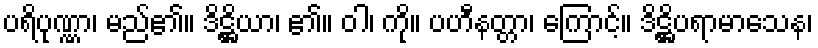
ပရိပုဏ္ဏာ၊ မည်၏။ ဒိဋ္ဌိယာ၊ ၏။ ဝါ၊ ကို။ ပဟီနတ္တာ၊ ကြောင့်။ ဒိဋ္ဌိပရာမာသေန၊